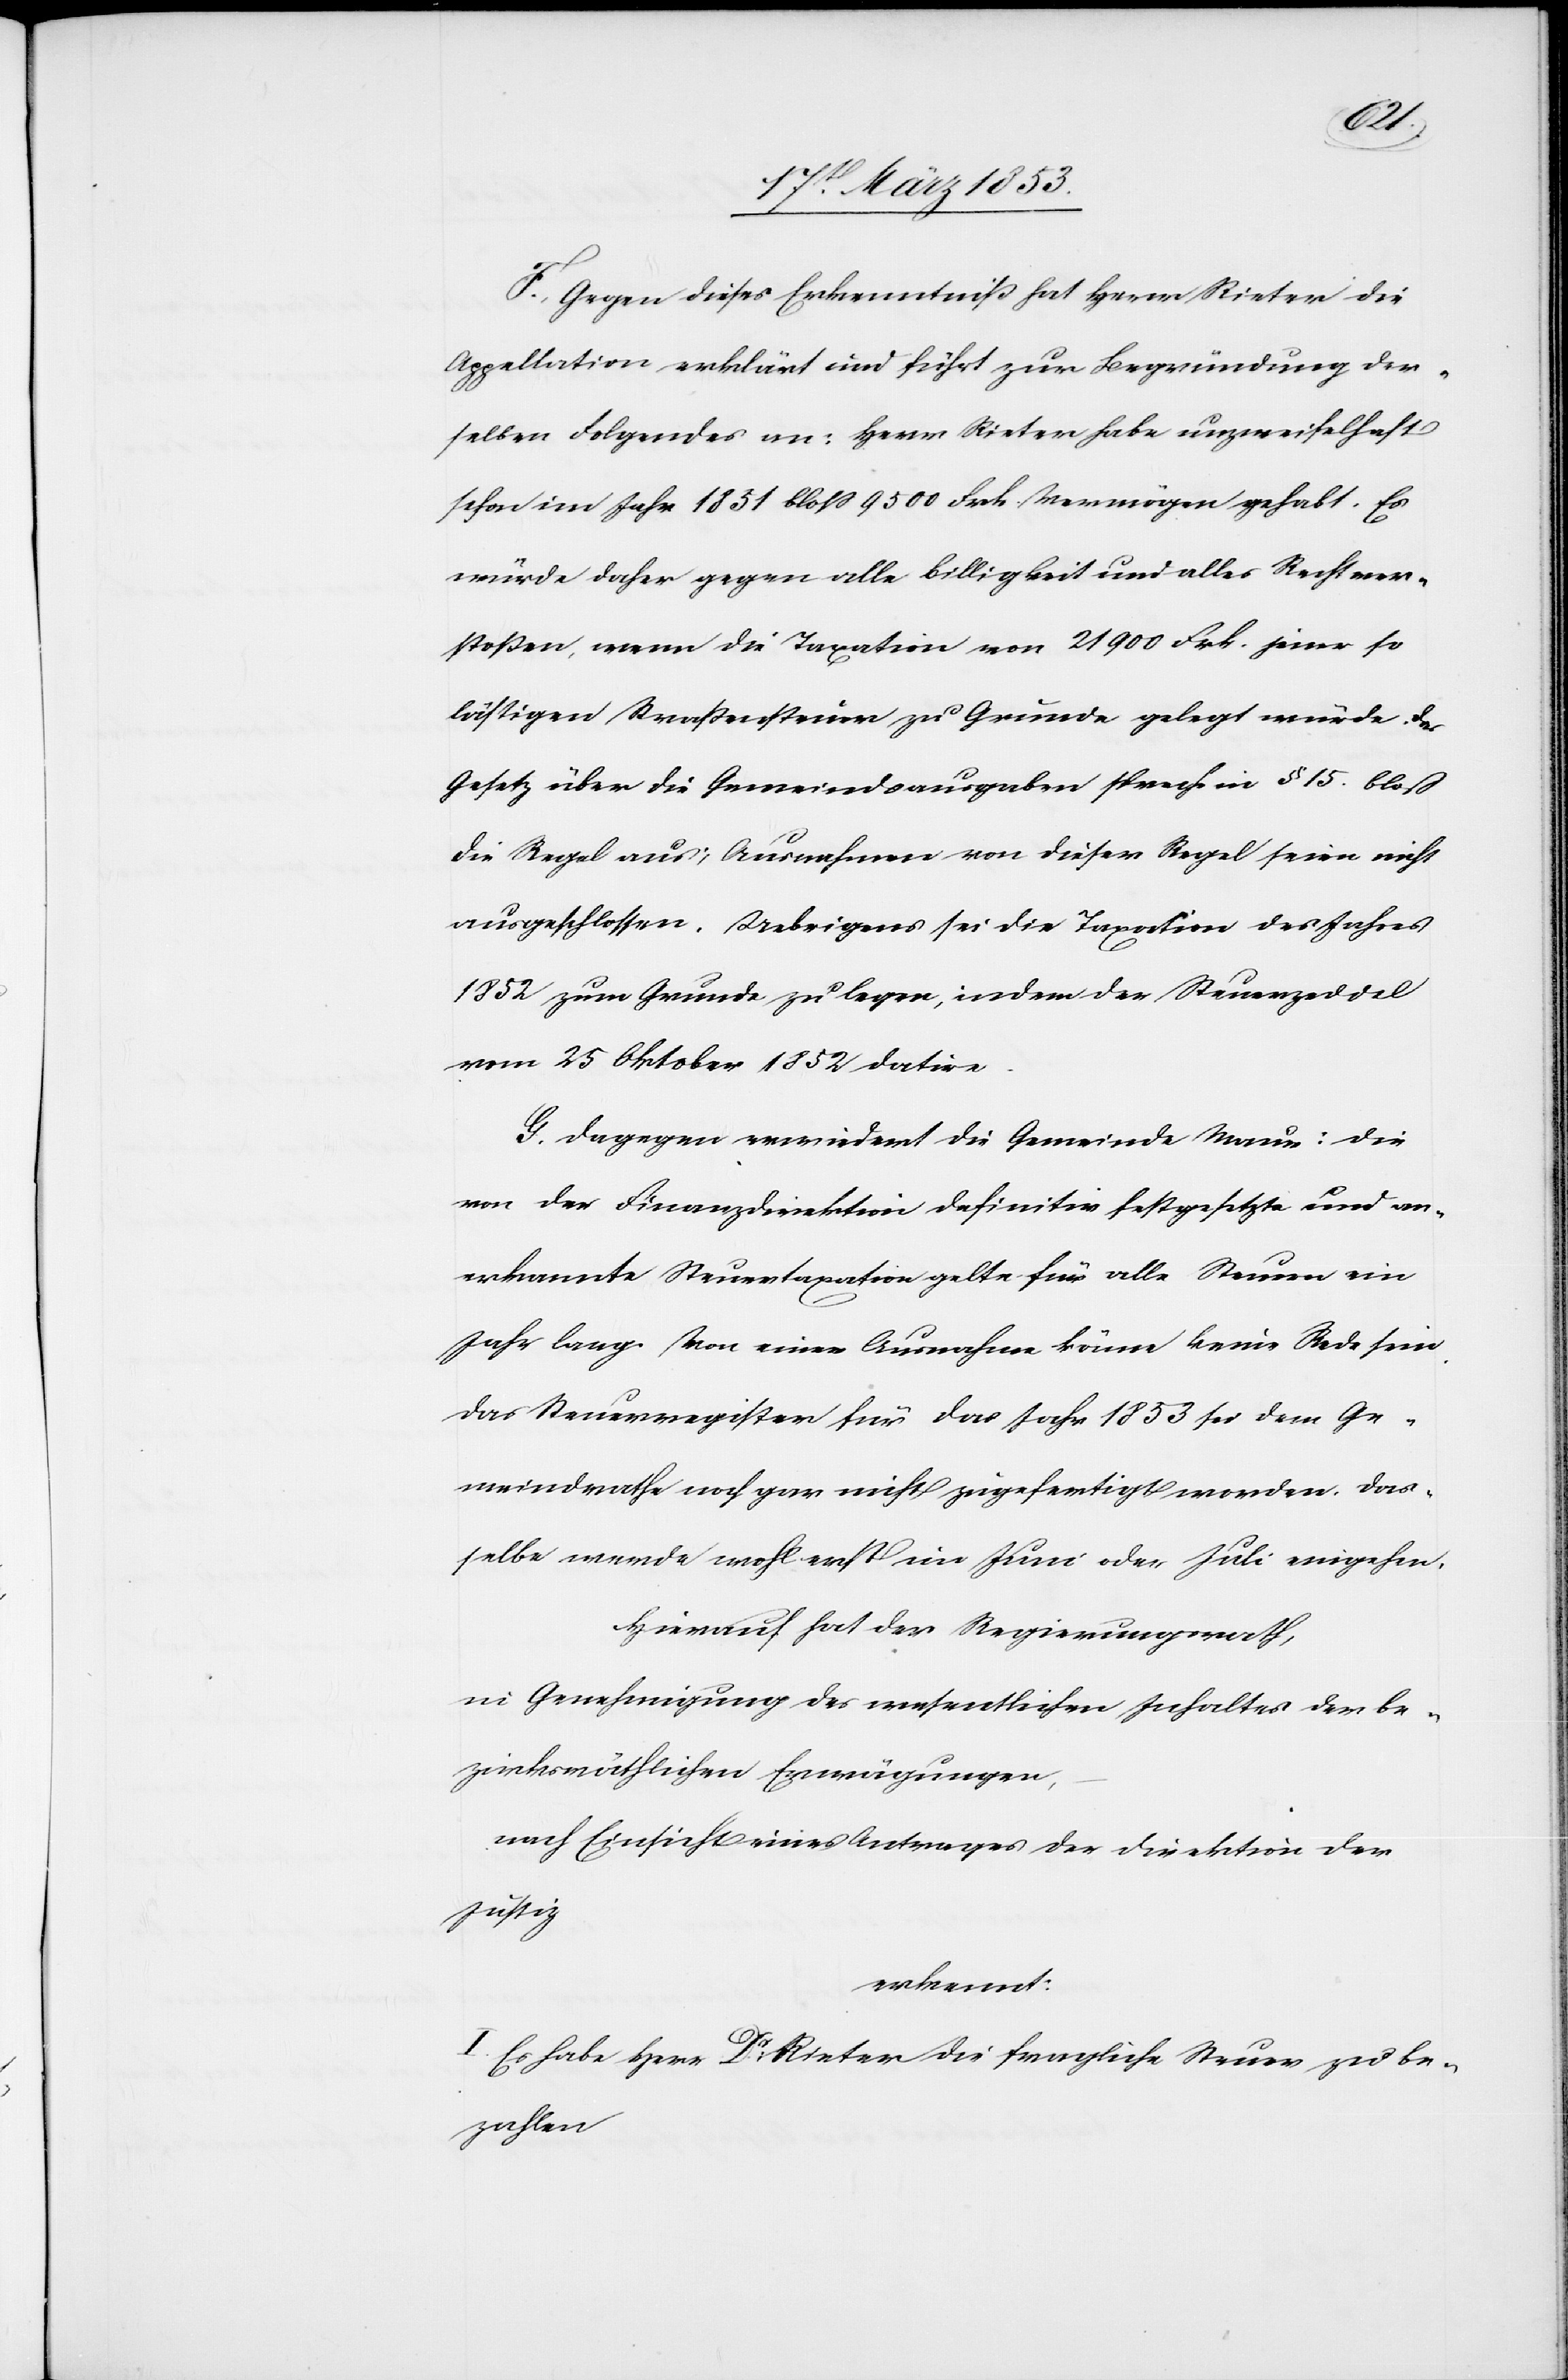
lichen
F. Gegen diese Erkenntniß hat Herr Rieter die
Appellation erklärt und führt zur Begründung der¬
selben Folgendes an: Herr Rieter habe unzweifelhaft
schon im Jahr 1851 bloß 9500 Frk. Vermögen gehabt. Es
würde daher gegen alle Billigkeit und alles Recht ver¬
stoßen, wenn die Taxation von 21900 Frk. jener so
lästigen Straßensteuer zu Grunde gelegt würde. Das
Gesetz über die Gemeindsausgaben spreche in § 15. bloß
die Regel aus; Ausnahmen von dieser Regel seien nicht
ausgeschlossen. Uebrigens sei die Taxation des Jahres
1852 zum Grunde zu legen, indem der Steuerzeddel
vom 25 Oktober 1852 datire.
G. Dagegen erwiedert die Gemeinde Maur: die
von der Finanzdirektion definitiv festgesetzte und an¬
erkannte Steuertaxation gelte für alle Steuern ein
Jahr lang. Von einer Ausnahme könne keine Rede sein.
Das Steuerregister für das Jahr 1853 sei dem Ge¬
meindrathe noch gar nicht zugefertigt worden. Das¬
selbe werde wohl erst im Juni oder Juli eingehen.
Hierauf hat der Regierungsrath,
in Genehmigung des wesentlichen Inhaltes der be¬
nach Einsicht eines Antrages der Direktion der
Justiz
erkennt:
I. Es habe Herr Dr. Rieter die fragliche Steuer zu be¬
zahlen